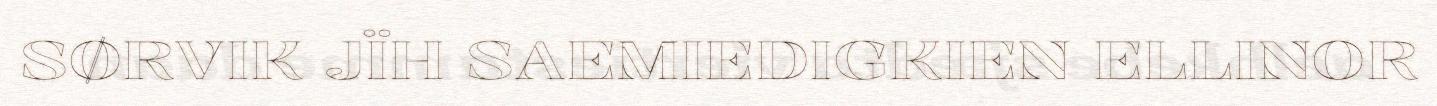
SØRVIK JÏH SAEMIEDIGKIEN ELLINOR